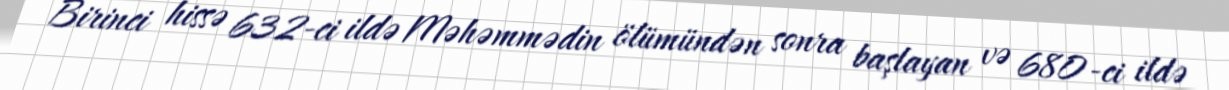
Birinci hissə 632-ci ildə Məhəmmədin ölümündən sonra başlayan və 680-ci ildə